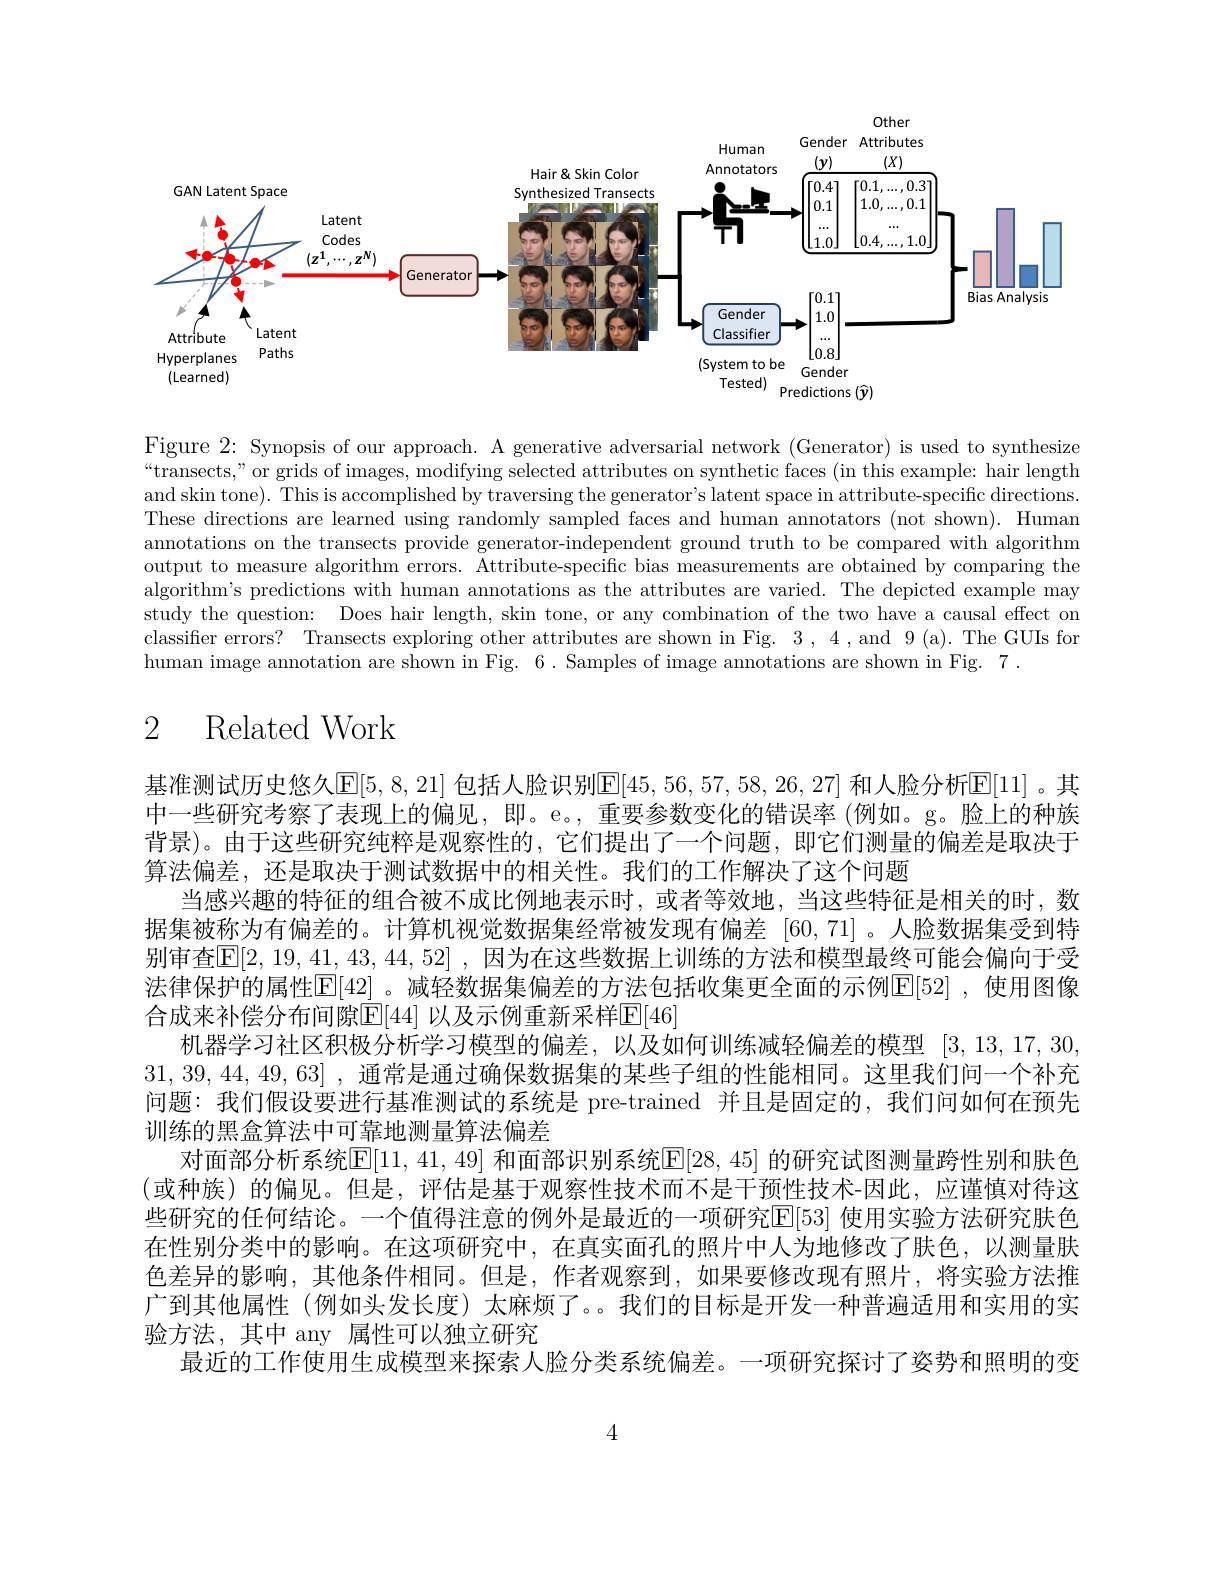
Other

<FigureHere>

Figure 2: Synopsis of our approach. A generative adversarial network (Generator) is used to synthesize “transects,”or grids of images, modifying selected attributes on synthetic faces (in this example: hair length and skin tone). This is accomplished by traversing the generator's latent space in attribute-specific directions. These directions are learned using randomly sampled faces and human annotators (not shown). Human annotations on the transects provide generator-independent ground truth to be compared with algorithm output to measure algorithm errors. Attribute-specific bias measurements are obtained by comparing the algorithm's predictions with human annotations as the attributes are varied. The depicted example may study the question: Does hair length, skin tone, or any combination of the two have a causal effect on classifier errors? Transects exploring other attributes are shown in Fig. 3,4, and 9(a). The GUIs for human image annotation are shown in Fig. 6. Samples of image annotations are shown in Fig. 7 .

# 2 Related Work

基准测试历史悠久[E[5,8,21] 包括人脸识别$\mathbb{E}[45,56,57,58,26,27]$ 和人脸分析E[11]。其中一些研究考察了表现上的偏见，即。e。, 重要参数变化的错误率 (例如。g。脸上的种族背景)。由于这些研究纯粹是观察性的，它们提出了一个问题，即它们测量的偏差是取决于算法偏差，还是取决于测试数据中的相关性。我们的工作解决了这个问题
当感兴趣的特征的组合被不成比例地表示时，或者等效地，当这些特征是相关的时，数据集被称为有偏差的。计算机视觉数据集经常被发现有偏差 |60,71|。人脸数据集受到特别审查$\mathbb{E} [ 2, 19, 41, 43, 44, 52]$ , 因为在这些数据上训练的方法和模型最终可能会偏向于受法律保护的属性[E|42] 。减轻数据集偏差的方法包括收集更全面的示例[E|52],使用图像合成来补偿分布间隙$\boxed{\mathrm{E}}[44]$ 以及示例重新采样E[46]
机器学习社区积极分析学习模型的偏差，以及如何训练减轻偏差的模型[3,13,17,30, 31,39,44,49,63] , 通常是通过确保数据集的某些子组的性能相同。这里我们问一个补充问题：我们假设要进行基准测试的系统是 pre-trained 并且是固定的，我们问如何在预先训练的黑盒算法中可靠地测量算法偏差
对面部分析系统$|\mathbb{E}|\mathbb{1},41,49|$ 和面部识别系统$|\mathbb{E}|28,45|$ 的研究试图测量跨性别和肤色(或种族)的偏见。但是，评估是基于观察性技术而不是干预性技术-因此，应谨慎对待这些研究的任何结论。一个值得注意的例外是最近的一项研究E[53] 使用实验方法研究肤色在性别分类中的影响。在这项研究中，在真实面孔的照片中人为地修改了肤色，以测量肤色差异的影响，其他条件相同。但是，作者观察到，如果要修改现有照片，将实验方法推广到其他属性 (例如头发长度) 太麻烦了。。我们的目标是开发一种普遍适用和实用的实验方法，其中 any 属性可以独立研究
最近的工作使用生成模型来探索人脸分类系统偏差。一项研究探讨了姿势和照明的变

4